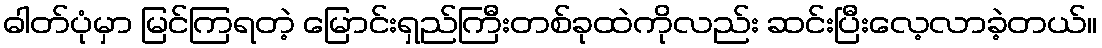
ဓါတ်ပုံမှာ မြင်ကြရတဲ့ မြောင်းရှည်ကြီးတစ်ခုထဲကိုလည်း ဆင်းပြီးလေ့လာခဲ့တယ်။